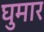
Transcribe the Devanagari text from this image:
घुमार